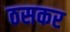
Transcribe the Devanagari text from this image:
ठसकर